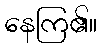
နေကြ၏။